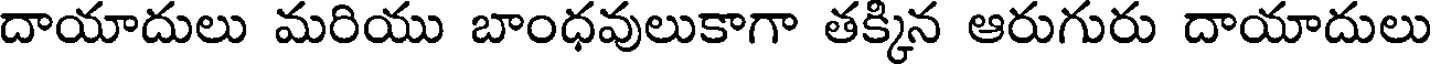
దాయాదులు మరియు బాంధవులుకాగా తక్కిన ఆరుగురు దాయాదులు